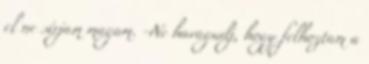
el ne sírjam magam. -Ne haragudj, hogy felhoztam a